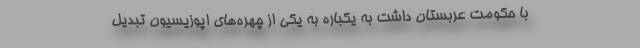
با حکومت عربستان داشت به یکباره به یکی از چهره‌های اپوزیسیون تبدیل